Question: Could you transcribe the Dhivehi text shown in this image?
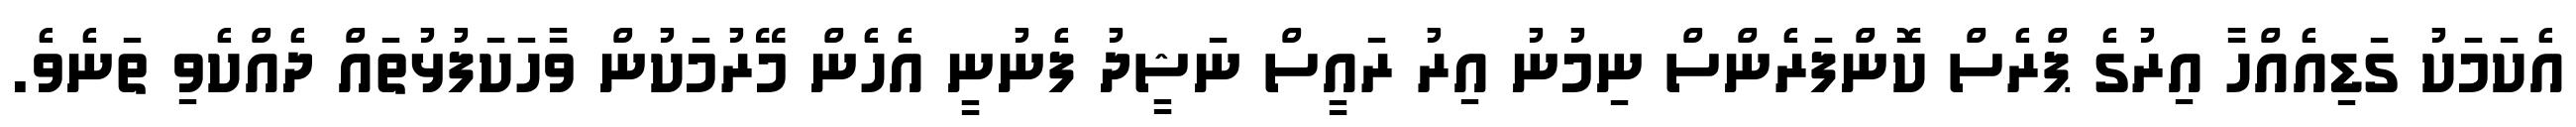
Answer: އެކަމަކު ގަޑިއެއްހާ އިރުގެ ޕްރެސް ކޮންފަރެންސް ނިމުނު އިރު ރައީސް ނަޝީދު ފެނުނީ އެހެން މޭރުމަކުން ވާހަކަފުޅުތައް ދެއްކެވި ތަނެވެ.